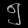
Digit: ၅